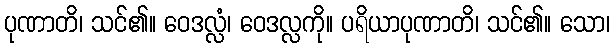
ပုဏာတိ၊ သင်၏။ ဝေဒလ္လံ၊ ဝေဒလ္လကို။ ပရိယာပုဏာတိ၊ သင်၏။ သော၊